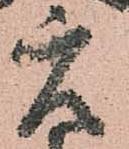
元